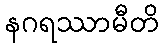
နဂရဿာမီတိ